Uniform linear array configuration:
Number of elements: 48
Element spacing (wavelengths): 0.25
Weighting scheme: cosine
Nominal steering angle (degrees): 30
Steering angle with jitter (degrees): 30.488
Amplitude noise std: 0.05
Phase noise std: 0.05

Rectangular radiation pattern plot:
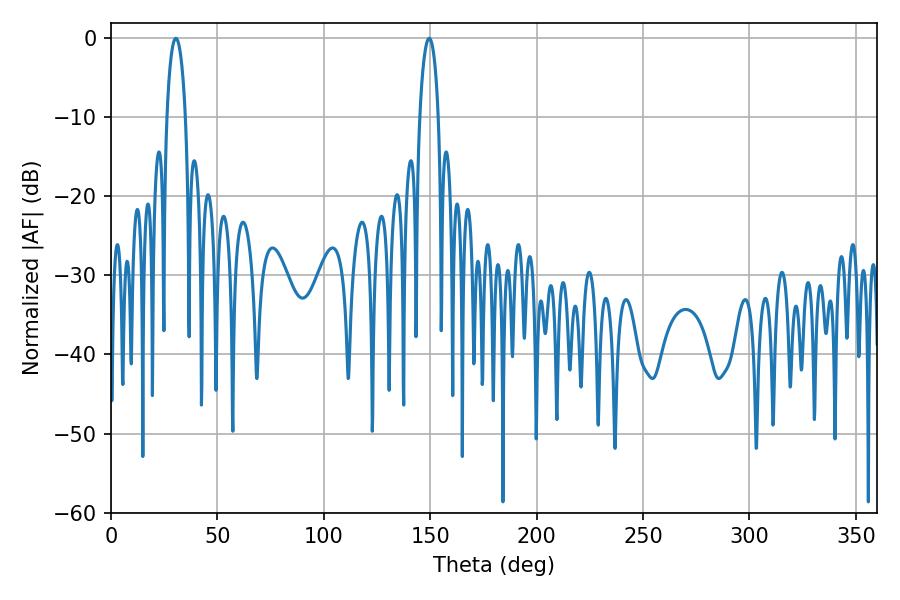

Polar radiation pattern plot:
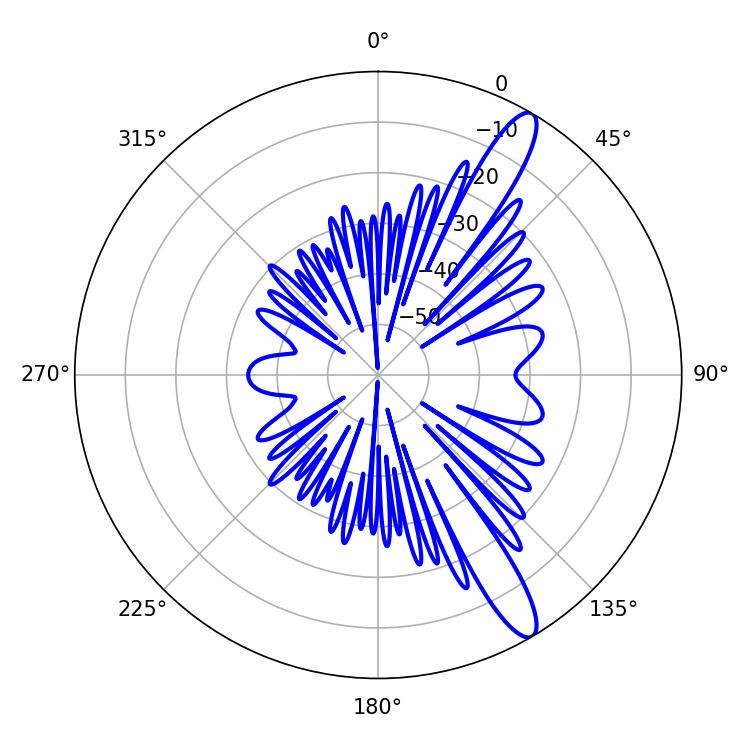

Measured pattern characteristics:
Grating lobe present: FALSE
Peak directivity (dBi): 13.04
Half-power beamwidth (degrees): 4.86
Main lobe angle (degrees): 30.42